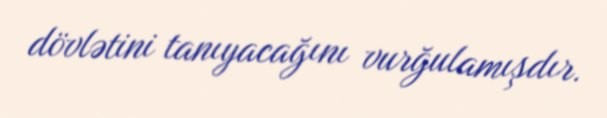
dövlətini tanıyacağını vurğulamışdır.